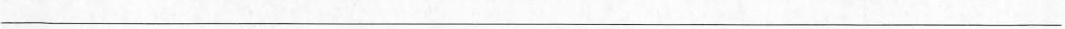
___